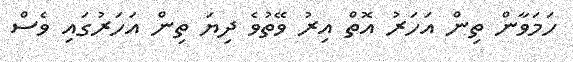
ހަމަވާން ތިން އަހަރު އޮތް އިރު ވޭތުވެ ދިޔަ ތިން އަހަރުގައި ވެސް